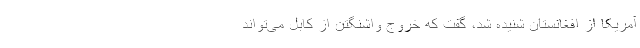
آمریکا از افغانستان شنیده شد، گفت که خروج واشنگتن از کابل می‌تواند